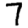
Digit: 7